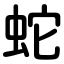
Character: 蛇